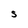
Character: S